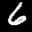
Label: 6